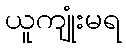
ယူကျုံးမရ